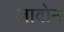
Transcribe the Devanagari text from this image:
जावोन